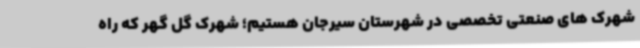
شهرک های صنعتی تخصصی در شهرستان سیرجان هستیم؛ شهرک گل گهر که راه